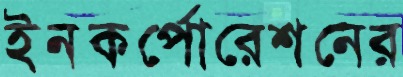
ইনকর্পোরেশনের